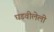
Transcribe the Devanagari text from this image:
घडवीलेली